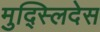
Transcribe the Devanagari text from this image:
मुद्स्लिदेस